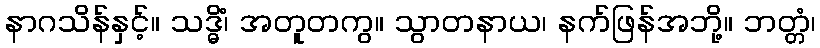
နာဂသိန်နှင့်။ သဒ္ဓိံ၊ အတူတကွ။ သွာတနာယ၊ နက်ဖြန်အဘို့။ ဘတ္တံ၊